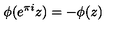
\phi ( e ^ { \pi i } z ) = - \phi ( z )